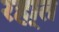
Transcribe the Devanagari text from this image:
रहा्त